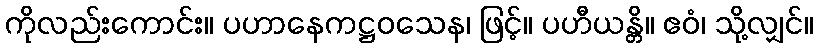
ကိုလည်းကောင်း။ ပဟာနေကဋ္ဌဝသေန၊ ဖြင့်။ ပဟီယန္တိ။ ဧဝံ၊ သို့လျှင်။